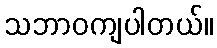
သဘာဝကျပါတယ်။